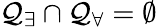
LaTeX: \mathcal{Q}_{\exists}\cap\mathcal{Q}_{\forall}=\emptyset